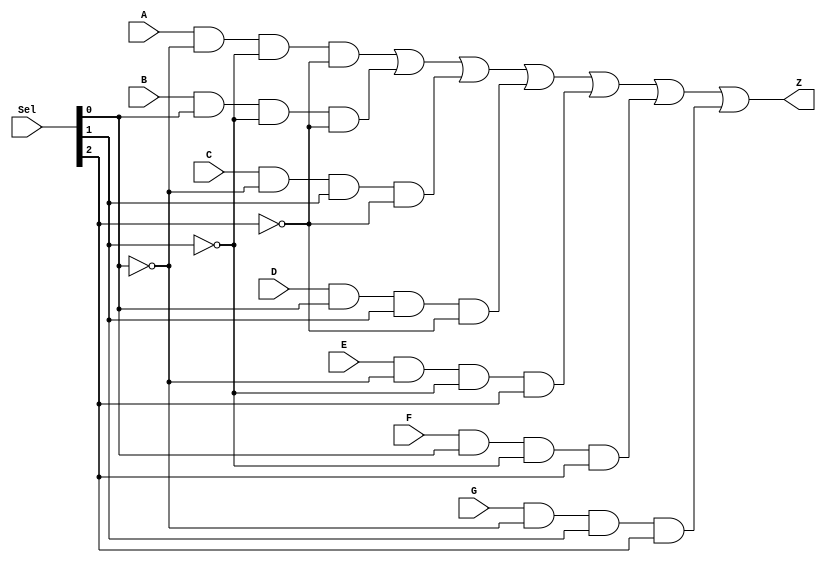
// Module name and I/O port
module mux7to1 (Z, Sel, A, B, C, D, E, F, G);  
// Input ports declaration
input [2:0] Sel;
input 		A;
input 		B;
input		 C;
input 		D;
input 		E;
input 		F;
input 		G;
// Output ports declaration
output Z;
// Internal wires declaration
wire z0;
wire z1;
wire z2;
wire a;
wire b;
wire c;
wire d;
wire e;
wire f;
wire g;
// Boolen
not(z0,Sel[0]);
not(z1,Sel[1]);
not(z2,Sel[2]);
and(a,A,z0,z1,z2);
and(b,B,Sel[0],z1,z2);
and(c,C,z0,Sel[1],z2);
and(d,D,Sel[0],Sel[1],z2);
and(e,E,z0,z1,Sel[2]);
and(f,F,Sel[0],z1,Sel[2]);
and(g,G,z0,Sel[1],Sel[2]);
or (Z,a,b,c,d,e,f,g);


endmodule